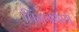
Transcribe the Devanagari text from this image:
पिंगगयांग